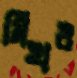
মিথও